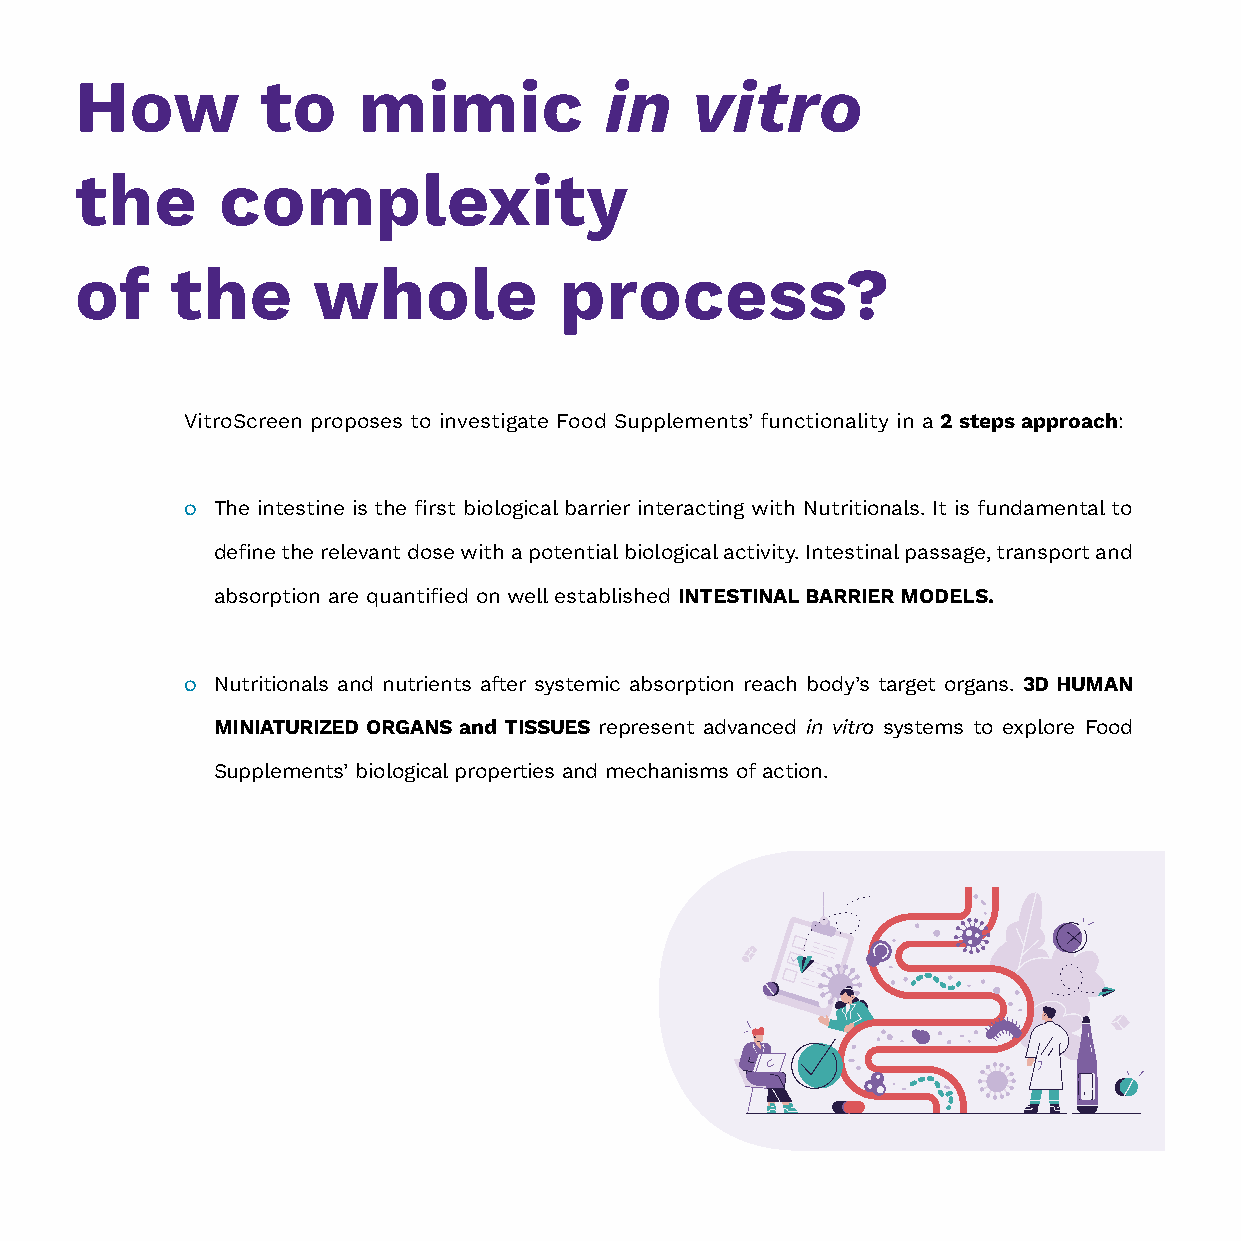
How         to     mimic           in    vitro
 the      complexity
 of    the       whole           process?
 VitroScreen proposes to investigate Food Supplements’ functionality in a 2 steps approach:
 ○ The intestine is the first biological barrier interacting with Nutritionals. It is fundamental to
 define the relevant dose with a potential biological activity. Intestinal passage, transport and
 absorption are quantified on well established INTESTINAL BARRIER MODELS.
 ○ Nutritionals and nutrients after systemic absorption reach body’s target organs. 3D HUMAN
 MINIATURIZED ORGANS and TISSUES represent advanced in vitro systems to explore Food
 Supplements’ biological properties and mechanisms of action.